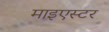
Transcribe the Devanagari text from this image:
माइएस्टर